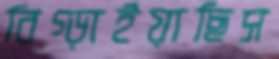
বিগ্‌ড়াইয়াছিস